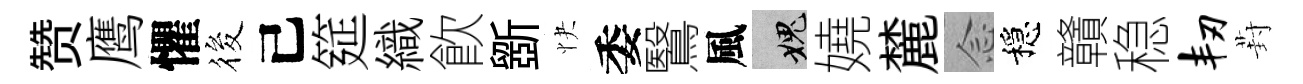
赞鹰懼筱己筵織飮斵快委鷖風愧嬈麓𫝹穩贛稳韧葑